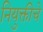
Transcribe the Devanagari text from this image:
नियुक्तीचे